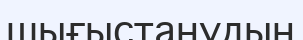
шығыстанудың